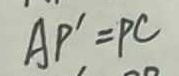
A P ^ { \prime } = P C